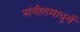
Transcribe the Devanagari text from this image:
संगीतमाधुर्य